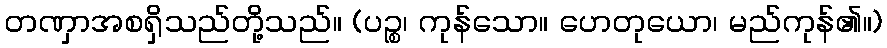
တဏှာအစရှိသည်တို့သည်။ (ပဉ္စ၊ ကုန်သော။ ဟေတုယော၊ မည်ကုန်၏။)